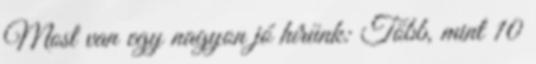
Most van egy nagyon jó hírünk: Több, mint 10